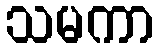
သမကာ